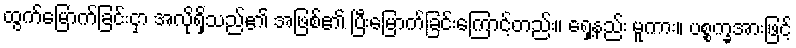
ထွက်မြောက်ခြင်းငှာ အလိုရှိသည်၏ အဖြစ်၏ ပြီးမြောက်ခြင်းကြောင့်တည်း။ ရှေ့နည်း မူကား။ ပစ္စက္ခအားဖြင့်